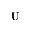
\mathrm { U }